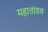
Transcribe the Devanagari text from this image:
महातांडव